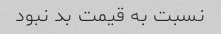
نسبت به قیمت بد نبود